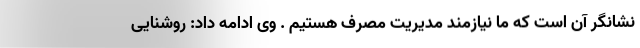
نشانگر آن است که ما نیازمند مدیریت مصرف هستیم . وی ادامه داد: روشنایی